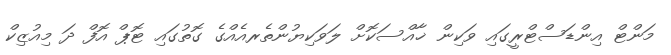
މަންޓް އިންޑަސްޓްރީގައި ވަކިން ޚާއްސަކޮށް ލަވަކިޔުންތެރއެއްގެ ގޮތުގައި ޓޮޕް އޮފް ދަ މިއުޒިކް